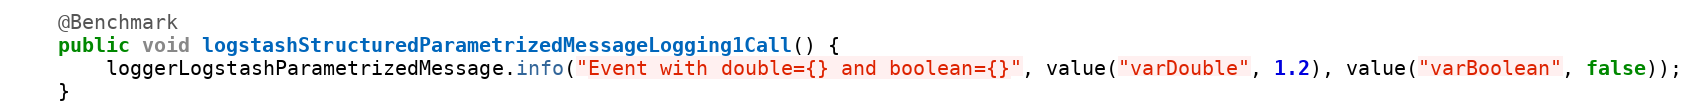
Language: Java
    @Benchmark
    public void logstashStructuredParametrizedMessageLogging1Call() {
        loggerLogstashParametrizedMessage.info("Event with double={} and boolean={}", value("varDouble", 1.2), value("varBoolean", false));
    }